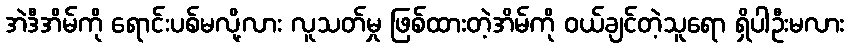
အဲဒီအိမ်ကို ရောင်းပစ်မလို့လား လူသတ်မှု ဖြစ်ထားတဲ့အိမ်ကို ဝယ်ချင်တဲ့သူရော ရှိပါဦးမလား